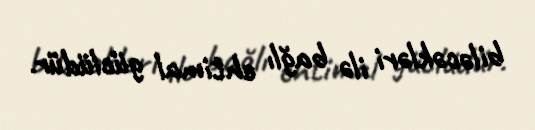
biləcəkləri ilə bağlı ehtimal güclüdür.